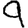
Digit: 9